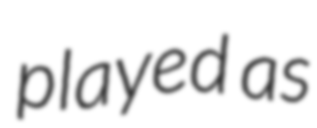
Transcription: played as